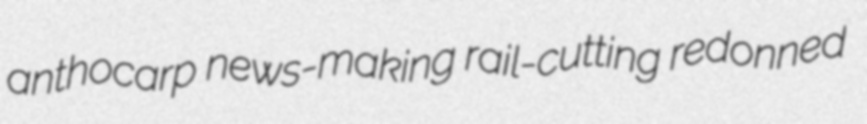
anthocarp news-making rail-cutting redonned